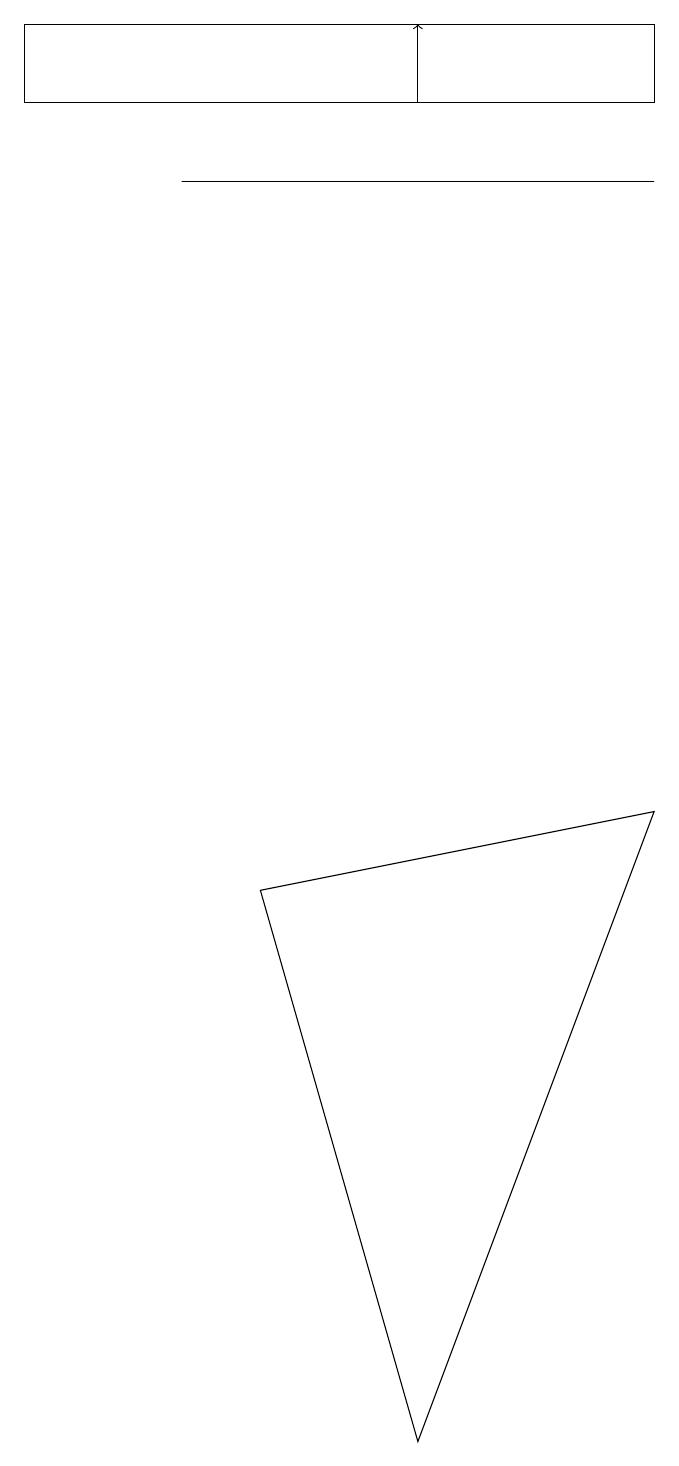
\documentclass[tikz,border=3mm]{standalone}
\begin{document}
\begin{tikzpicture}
\draw[->] (6,18) -- (6,19);
\draw (9,9) -- (6,1) -- (4,8) -- cycle;
\draw (9,17) rectangle (3,17);
\draw (1,19) rectangle (9,18);
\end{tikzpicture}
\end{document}